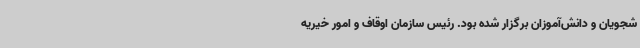
شجویان و دانش‌آموزان برگزار شده بود. رئیس سازمان اوقاف و امور خیریه